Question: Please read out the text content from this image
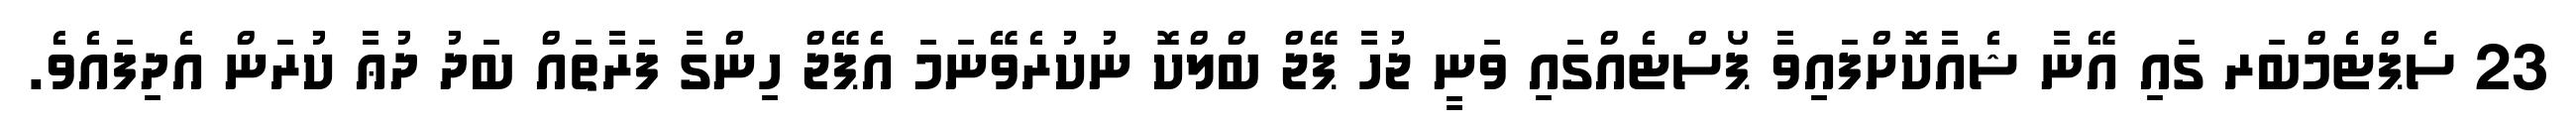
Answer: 23 ސެޕްޓެމްބަރ ގައި އޭނާ ޝެއާކޮށްފައިވާ ޕޯސްޓެއްގައި ވަނީ ޖުހާ ޕޭޖް ބްލްކޮ ނުކުރެވޭނަމަ އެޕޭޖް ހިންގާ ފަރާތައް ބަދު ދުޢާ ކުރަން އެދިފައެވެ.